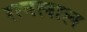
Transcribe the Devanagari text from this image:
रत्नलाल